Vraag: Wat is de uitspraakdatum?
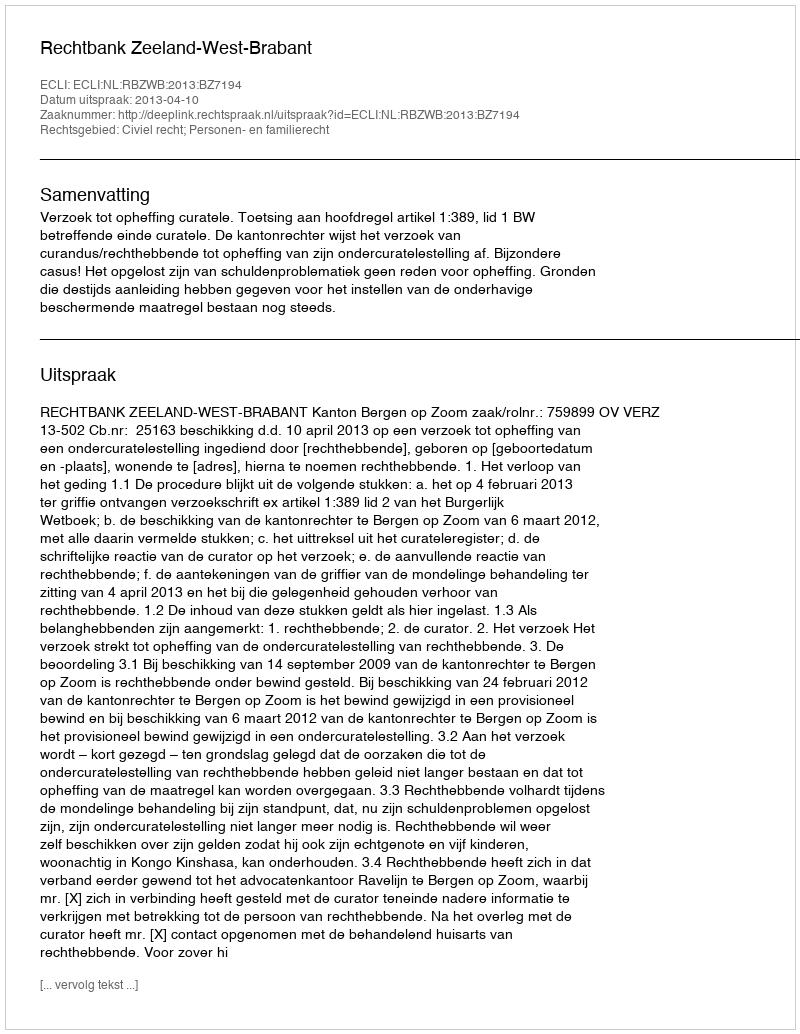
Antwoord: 2013-04-10